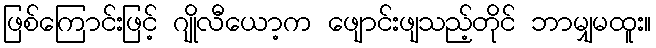
ဖြစ်ကြောင်းဖြင့် ဂျိုလီယော့က ဖျောင်းဖျသည့်တိုင် ဘာမျှမထူး။